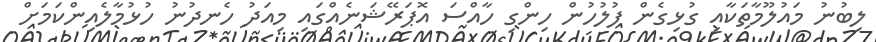
ލިބުނު މައުލޫމާތަކާއި ގުޅިގެން ފުލުހުން ހިންގި ހާއްސަ އޮޕަރޭޝަނެއްގައި މިއަދު ހެނދުނު ހުޅުމާލެއިންކަމަށް